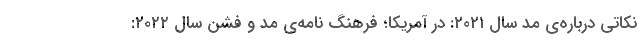
نکاتی درباره‌ی مد سال ۲۰۲۱: در آمریکا؛ فرهنگ نامه‌ی مد و فشن سال ۲۰۲۲: